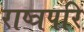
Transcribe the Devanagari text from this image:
राष्त्रपरि